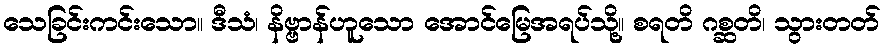
သေခြင်းကင်းသော။ ဒီသံ၊ နိဗ္ဗာန်ဟူသော အောင်မြေအရပ်သို့။ စရတိ ဂစ္ဆတိ၊ သွားတတ်